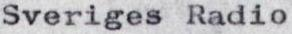
Sveriges Radio